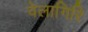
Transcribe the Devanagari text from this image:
वेलागिरि